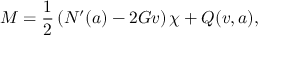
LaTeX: M = \frac { 1 } { 2 } \left( N ^ { \prime } ( a ) - 2 G v \right) \chi + Q ( v , a ) ,